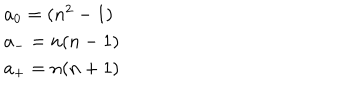
\begin{array} { l c r } { { a _ { 0 } = ( { n ^ { 2 } } - 1 ) } } \\ { { a _ { - } = n ( n - 1 ) } } \\ { { a _ { + } = n ( n + 1 ) } } \\ \end{array}